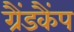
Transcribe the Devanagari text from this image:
ग्रैंडकैंप